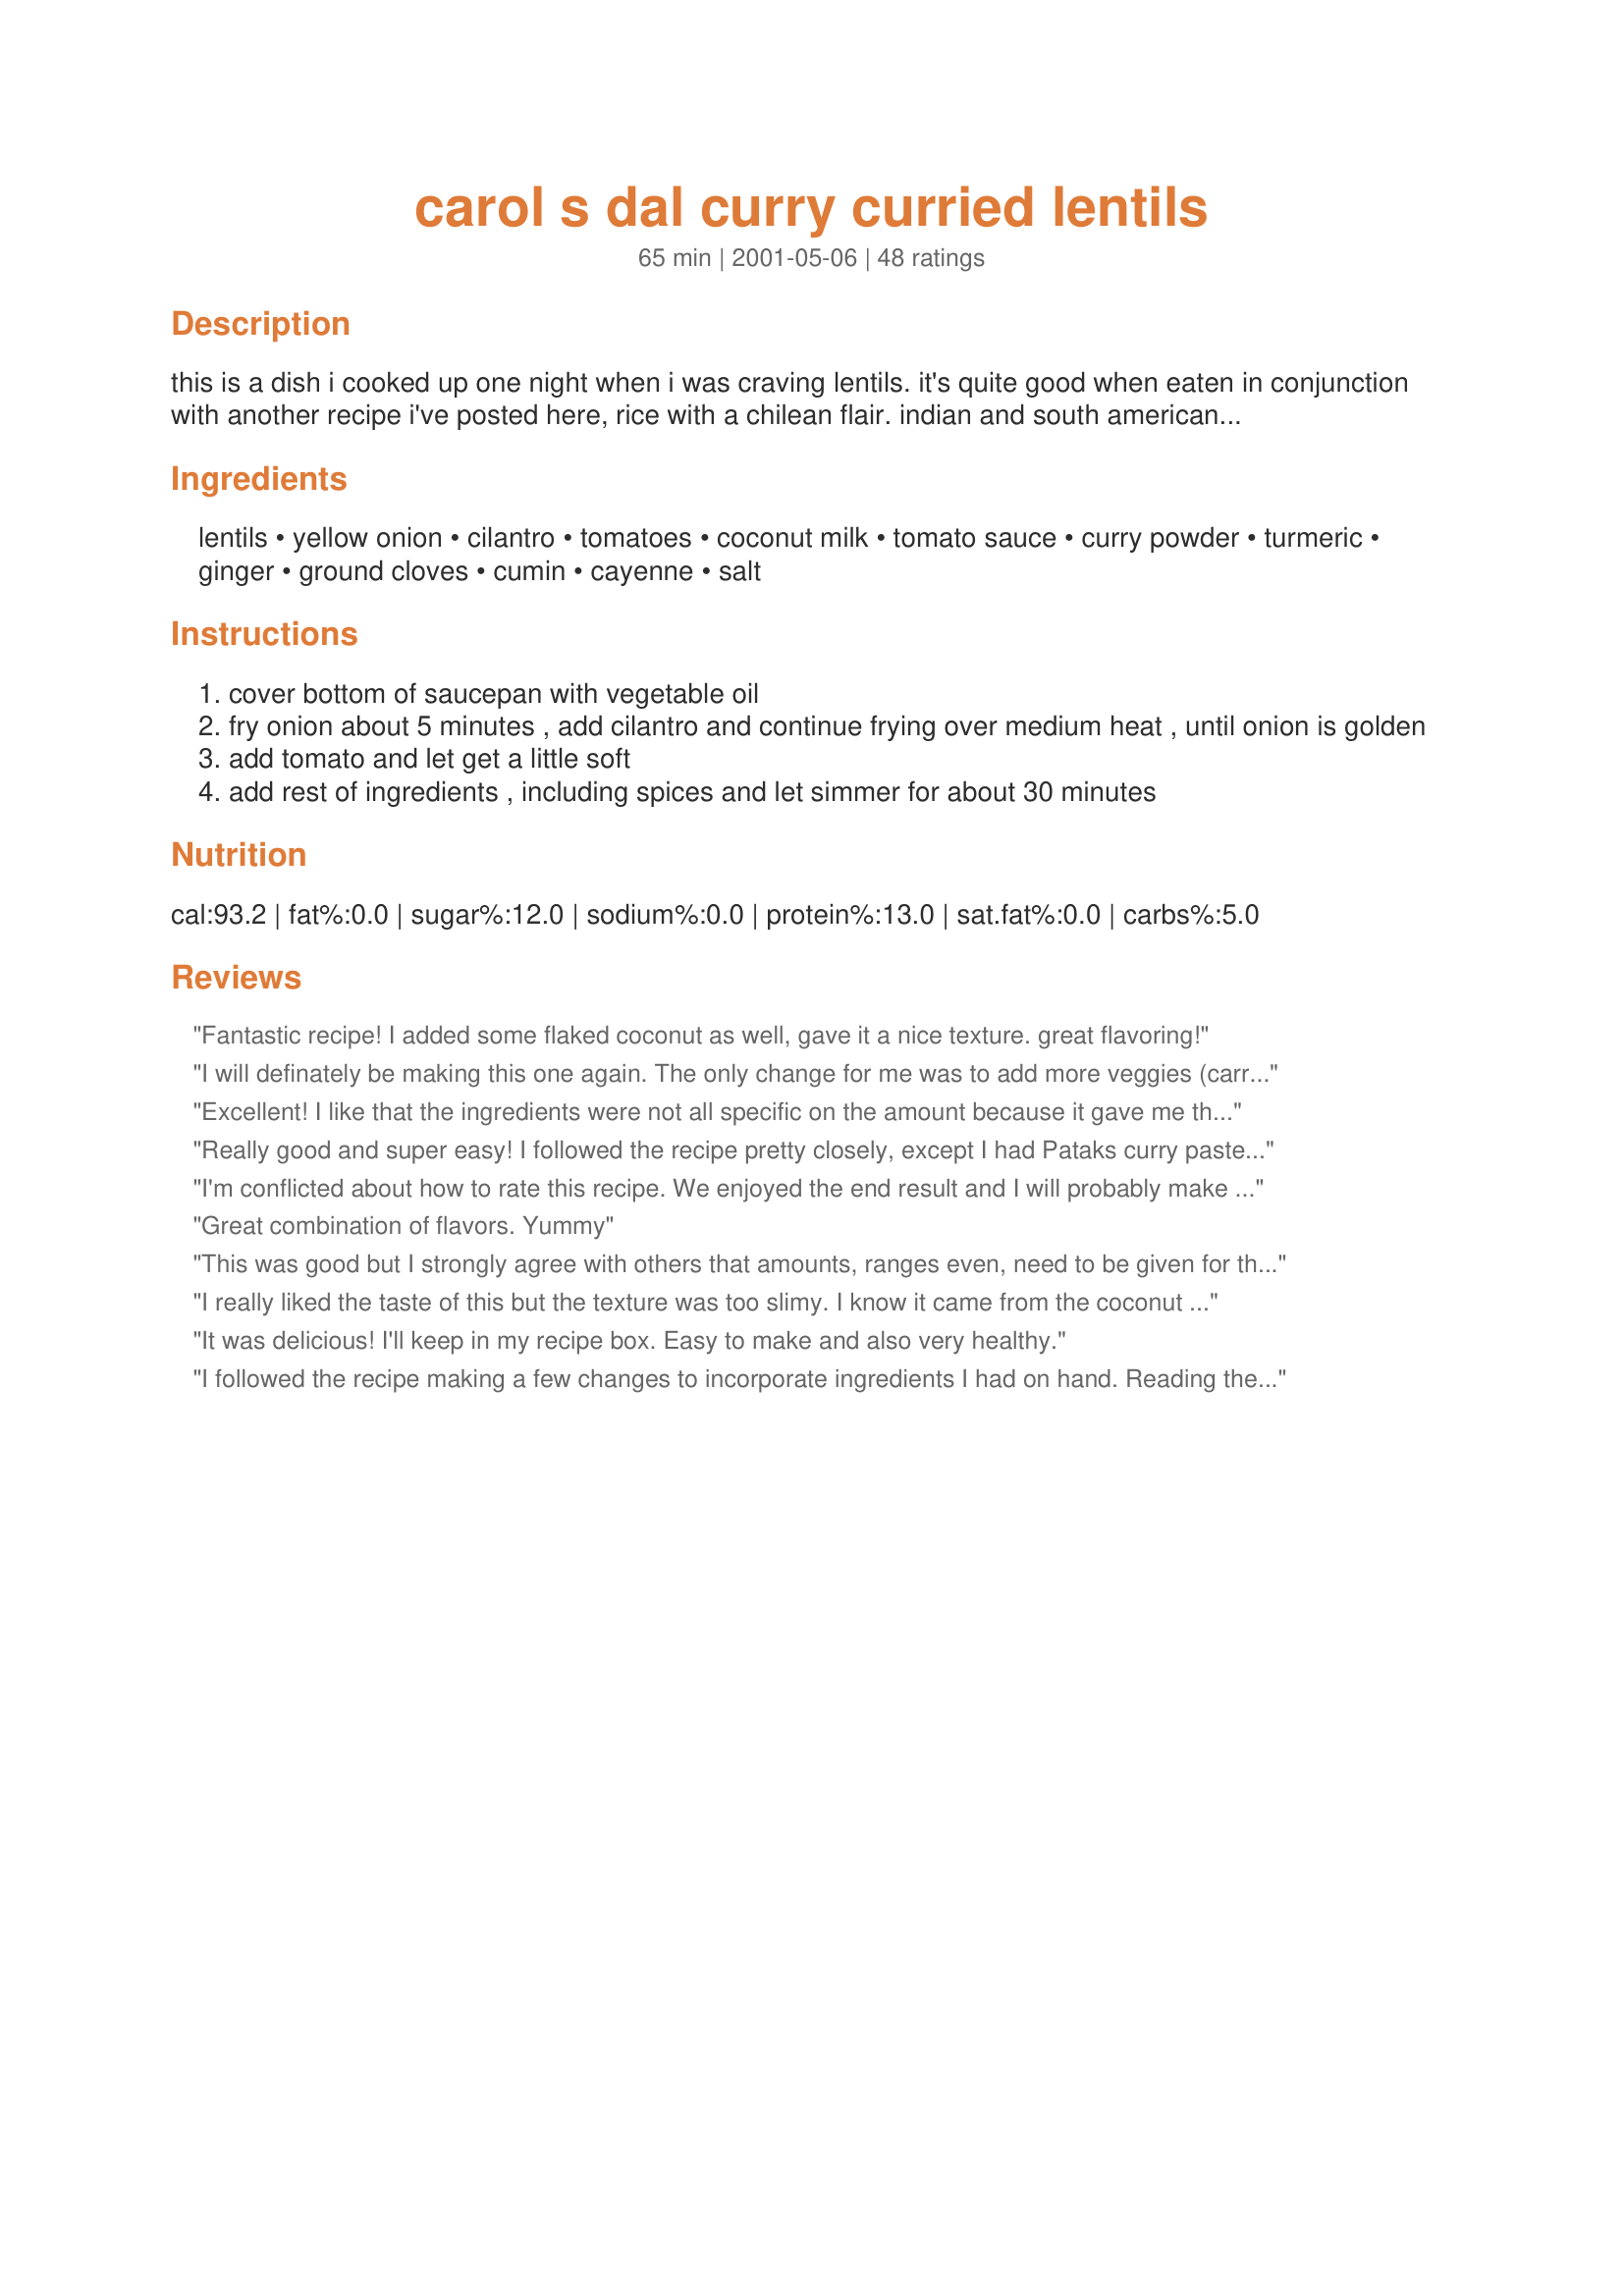
carol s dal curry curried lentils
Preparation time: 65 minutes

this is a dish i cooked up one night when i was craving lentils. it's quite good when eaten in conjunction with another recipe i've posted here, rice with a chilean flair. indian and south american food combined!

Ingredients:
lentils, yellow onion, cilantro, tomatoes, coconut milk, tomato sauce, curry powder, turmeric, ginger, ground cloves, cumin, cayenne, salt

Steps:
cover bottom of saucepan with vegetable oil
fry onion about 5 minutes , add cilantro and continue frying over medium heat , until onion is golden
add tomato and let get a little soft
add rest of ingredients , including spices and let simmer for about 30 minutes

Reviews:
Fantastic recipe! I added some flaked coconut as well, gave it a nice texture. great flavoring!
I will definately be making this one again. The only change for me was to add more veggies (carrots, spinach,zucchini). It was delicious,satisfying and filling. Thank you for the great recipe!
Excellent! I like that the ingredients were not all specific on the amount because it gave me the freedom to experiment. I also added some brown sugar and garam masala and left out the cloves (i have allergies to them). I chopped up the onion with a green chili, sauteed and then added water and uncooked lentiles and all the ingredients minus the coconut milk and cilantro which i added at the end. It made tons! Tomorrow we are going to add spinach and cashews to the left overs and it will make a splended new dish. I am really in love with lentiles now, thank you!
Really good and super easy! I followed the recipe pretty closely, except I had Pataks curry paste instead of the dry curry powder. I'm going to add this to the recipes I plan to use on our sailboat! Thanks
I'm conflicted about how to rate this recipe. We enjoyed the end result and I will probably make it again. However, I was frustrated with the actual recipe - lack of measurements for the spices is difficult if you have never made dal before and does not have intuition/experience to work from. I will use less curry and turmeric next time. I didn't know what 'medium can' meant (I don't live in the States and these things are not the same over here) and my dal was a bit too saucy. So, it loses stars for accuracy. But I will make it again and figure the best measurements - we just love lentils!
Great combination of flavors. Yummy
This was good but I strongly agree with others that amounts, ranges even, need to be given for the spices! Also, it took my lentils far longer than 30 minutes to soften, closer to an hour and because it had to simmer so long I had to keep adding water so the curry wouldn't dry out (about 1 1/4 cups total?). I think this recipe could be really good if a little more direction was given. As written it was good, but not my new favorite indian dish.
I really liked the taste of this but the texture was too slimy. I know it came from the coconut milk so even though I will make this again, I think I may use ground coconut instead of the milk.
It was delicious! I'll keep in my recipe box. Easy to make and also very healthy.
I followed the recipe making a few changes to incorporate ingredients I had on hand. Reading the ingredients I was unsure as to whether I was meant to boil the lentils first, and ended up doing so. 
Next time I'd probably cook the lentils as I usually do which would be to add them along with the tomato and water after frying the onion and spices, as cooking them in water first resulted in a slightly soupy texture and the lentils didn't really absorb the flavour of the tomatoes. Having said that, the flavour is delicious and I'd be happy to have them this way again. I used a 400g can of whole roma tomatoes in place of the tomato and tomato sauce, a 270ml can of light coconut milk, 3 TBS of hot Vindaloo curry paste with tamarind & chilli, about 1 1/2 TBS of fresh ginger, a brown onion and a bunch of coriander. Since the curry paste contained various spices including coriander, cumin, turmeric, ginger and garlic, I added just 1/2 tsp of cumin, 1/2 tsp of cayenne and some salt. As noted by some of the other reviewers this recipe makes a lot of dhal, but that's fine by me. Thanks for a great recipe.
I discovered this recipe during a &quot;Daniel Fast&quot; several years ago while looking for Vegan recipes. I have made it ever since. It is delicious, tasty and simple.
Excellent and very easy to make
This was easy and had an amazing flavor. I had to leave out the tomato sauce because I didn't have any. I added water to the coconut milk. My friend said she had never intentionally eaten a lentil in her life until I made this. I think she was pleasantly surprised. Thank You.
A meal in itself! Eneryone in my family LOVES this- a real feat with a picky teenage daughter.
Super, super good and very simple. I followed the amounts left in other reviews- 7 oz. coconut milk and 8 oz. of tomato sauce. I halved the recipe and it still made about 4 servings. I also added the (uncooked) lentils in step 4 with 2 cups of water. Next time I may lessen the water to make the cooking time faster- I had forgotten about the coconut milk adding liquid. We used 1 Tbsp. sweet curry and 1 Tbsp. spicy curry and omitted the cayenne and that was enough spice for us (and we're spicy-fire lovers!!). Served over white basmati rice and garlic naan bread.
Fabulous recipe! This was easy to make. I used small orange lentils, so this was very orangey-looking. I also overloaded on the turmeric and cayenne, so it was a gorgeous presentation and very satisfying taste-wise! Thanks for posting!
This is a great recipe. I think that it's actually better to assume to use 2 cups of COOKED lentils instead of measuring by 2 cups of uncooked lentils. Mine turned out a little too lentil and I prefer it to be slightly more goupy/soupy (but still thick).
To die for delicious!
A delicious curry- I used half of a 15 oz can of tomato sauce if that's any help to anyone and it was a perfect consistency. Also I have no problem with not having specifics about the seasonings- that is pretty much to taste.
Easy to make and very delicious.
Thank you, Carol.
I'm terrible when it comes to guessing amounts. I love lentils, and curry... but still found myself completely lost. I went with a 1lb bag of lentils & 4T of Curry and went from there. It was too strong and there was far too much of it. Carol, have you considered posting the amounts??
I was a little confused when I started to put this together... I should probably know this, but is it 2 cups raw lentils, which are then cooked, or two cups measured after cooking?? Also, it would be helpful to have the actual ounce/size listed for the coconut milk and tomato sauce. But despite all that, I just dumped lentils in until it looked right, and the final outcome was great. I also added a few zuccinis to the sauce, and served over plain rice, with plain yougurt on the side to cut the spice. The flavor and texture were just right! A note: for me, this made way more than 6 servings!
This was absolutely delicious!! I've been looking for a vegetarian curry to try, and this really hit the spot for me. Even my Boyfriend, who has never liked lentils before raved about it! It was spicy and filling and healthy too! I will definitely make this again!
absolutely delicious! I thought lentils were nasty before since my parents used to just boil them and eat them and that was the only way we ever knew how to make it... now I crave lentils! This is soo good I can't believe I'm eating lentils! The next day there were leftovers, so I added some leftover chicken breast pieces and allowed it to simmer for 10min or so (although it was pretty thick by now already). Delicious!
Superb recipe! I actually forgot to buy the cilantro, but even without it the dish was exceptional
We really liked this although next time I would add two cooked cups of lentils rather than two uncooked cups - it just seemed a little too much for us. It is a great dish to have for those times when we want a break from meat. Thanks for sharing!
Very good and easy to make. Healthy and it doesn't bother me that there are no amounts on the spices. I admit I used kind of a lot, lentils always need help. Instead of the tomato sauce and tomato, I just used one standard size can of chopped tomatoes and it was fine.. I did need to add water as I went along.
This only lost a star because the amounts weren't specific. I only used half the lentils and stored the other half for future use. I used the full amount of onion, cilantro and tomato. I used an 8 ounces of tomato sauce, 7 ounces of coconut milk, 2T curry, 2T fresh ginger and a teaspoon of salt. I sprinkled some garam masala on top and seved. It was the best lentil dish I have ever made! This will go into my regular rotation.
Very good! I used coconut water instead of milk to cut down the fat, so I had to let mine simmer longer to get the right consistency. I used about 4 Tbsp curry powder, 3 Tbsp fresh ginger, and about 2tsp of all other spices (no added salt). Thanks for sharing!
Awesome! Very easy and tasty.
So good. I will be making this many more times.
Excellent and super easy to make. Served over "plain" basmati rice and the combination is wonderful.
This is excellent! Like some others, I used one cup of uncooked lentils and cooked them first - this amount made more than 6 servings. I used about 7 oz of coconut milk and 8 oz of tomato sauce. Flavors were wonderful. Thanks for sharing.
Very tasty! Here is what used for step 4: 2 c. uncooked lentils, 15 oz. coconut milk, 8 oz. tomato sauce, 2-3 c. water, 2 Tbsp. curry powder, 1/2 tsp. turmeric, 2 tsp. ground ginger, 1/4 tsp. ground cloves, 2 tsp. cumin, 1/2 tsp. cayenne, 1 1/2 tsp. salt, and 3 Tbsp. brown sugar.
Excellent dal recipe. Apart from adding a bit of sugar, I followed it exactly and it was wonderful.
Thanks so much for this. I have made it twice in the past three weeks. I put some peppers (red and yellow) in it once, and the second time I used a meat substitute and peas. Fantastic!
delicious. I love this curry. I've made it several times now and have been meaning to post a review. The combination of flavor is great, and its hard to mess up the spices!
I didn't have curry powder so I used garam masala and it turned out fine. It was surprisingly easy to make such a seemingly complicated dish! Thanks! I'll make it again.
absolutely delicious. I have made a lot of dal and this is one of the best. very flavourable. don't forget to add the tomatoe sauce, it makes the dish.
i've made this many time and always turns out great! Wouldn't change a thing. Makes great leftovers. Thank you for sharing!!
This is more than 5 stars with my additions/omissions! I boil 2 cups yellow split peas in 6 cups water (adding more water if it gets too dry) until soft. I saute 1 large onion, jalapeno peppers, and 3 cloves garlic in 1/4 cup ghee. Once soft, I add 1 can tomatoes and boil 1 minute. I then add 1 can coconut milk, curry powder, ginger, coriander, cumin, paprika, garam masala, and salt (all spices are eye-balled -- we like spice and I've made this many times), along with the dal (and water that it's boiling in). Simmer for 30 minutes and serve over rice. So delicious!!!
Tasty and easy. Followed the recommendation of lehaushe concerning the spices and added 1/2 cup of raisins and one large can (drained) of string beans.<br/>Used yellow lentils which I soaked the night before and then boiled for 40 minutes then drained and proceeded with the recipe as written. I was indeed very thankful to the suggestions of amount of spices, sort of need that to "get started", yes, that was the only missing thing in the original recipe. <br/>This makes a lot and it freezes well. Very versatile too.<br/>Thanks for posting.
This was delicious. I bought some Naan bread and together with the lentils made for a terrific dinner and lunch the next day!!
My husband is in love with this!! I did use sundried tomatoes as someone had used the last tomato on their salad. I also followed lehaushe's recommended spices (although I did use a 15oz tomato sauce - DH isn't too fond of coconut so I wanted to balance the tom/coconut). Next time I will use only 2 tablespoons brown sugar though - not horrible just a tad too sweet for the DH. Loved the open listing of ingredients & maybe sometime I will get adventerous and experiement a bit. I served with roasted cauliflower & potatoes while tomorrow I will serve with garlic naan. Thank you so much for this one Carol & thanks to Lehaushe for the spice listing!!! **Oh and to Run For You Life who had a problem with the lentils not cooking & drying out...the recipe calls for cooked lentils so if you don't cook ahead of time and your going to use uncooked you have to add more water - like 2-3 cups & it will take longer - little over an hour**
Amazing and made entirely with ingredients I had on hand. Makes enough to feed approximately 47 people (or freeze some). I used coconut oil to saut&eacute; the onions and it gave the whole thing a really buttery texture.
This was fantastic. I seasoned my red lentils with turmeric, curry, onion powder, and cumin while boiling them. I drained them and added the tomato sauce and lite coconut milk. I omitted the cilantro and ground cloves. I added 1 Tbsp curry powder, 1/2 tsp turmeric, 2 tsp. ground ginger, 2 tsp cumin, 1/2 tsp cayenne, approx 2 tsp stevia. I served it over plain quinoa and my husband and 10 year old son LOVED it! Even better than I hoped for!
I agree with the others that it's a bit frustrating to not have specific sizes and amounts for the canned goods and spices, but I made it work. I forgot the tomato until after it was done, but it still turned out absolutly delicious! This is definitly restaurant quality dal. Thanks for sharing.
Wow this was good. I was making this last minute and didn't have all the ingredients so I altered it a bit. Had lentils, onions, cilantro, coconut milk and curry power. Added 1 cup chicken broth, tomato paste (didn't have tomato or tomato sauce sorry), a handfull of chopped sundried tomato, and carrots. Served it up with some hot Naan. Really incredible! Had it for lunch today and I think I'm going to serve it to my husband and son tonight.
Very good! Received many thumbs up from this one. I added a bit of sugar and didn't have tomato sauce, so I just used a can of tomato paste and an equivalent amount of water. Some reviewers mentioned this dish was a bit bland, I would suggest a bit more salt to make the flavors pop.
